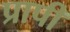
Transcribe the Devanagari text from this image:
प्रापी